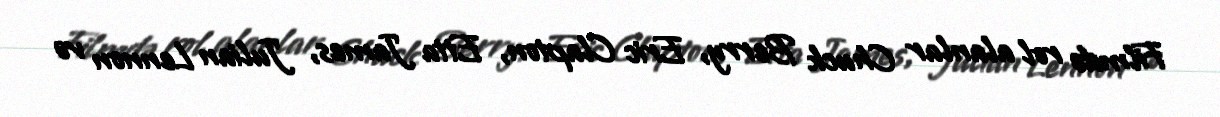
Filmdə rol alanlar Chuck Berry, Eric Clapton, Etta James, Julian Lennon və